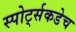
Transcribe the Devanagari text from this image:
स्पोर्ट्सकडेच